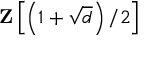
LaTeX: \mathbf { Z } \left[ \left( 1 + { \sqrt { d } } \right) / 2 \right]